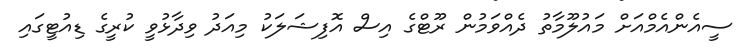
ސީއެންއެމްއަށް މައުލޫމާތު ދެއްވަމުން ރޫޓްގެ އިސް އޮފިޝަލަކު މިއަދު ވިދާޅުވީ ކުރީގެ ޑިއުޓީގައި